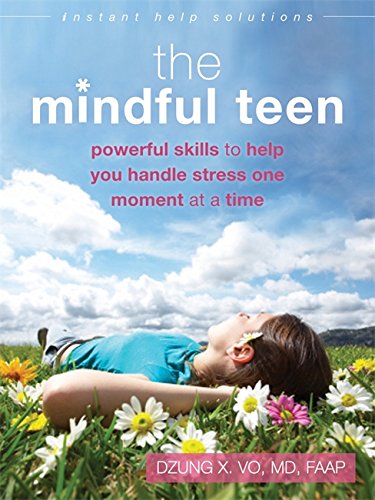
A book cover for The Mindful Teen: Powerful Skills to Help You Handle Stress One Moment at a Time (The Instant Help Solutions Series); Dzung X. Vo MD  FAAP; Teen & Young Adult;